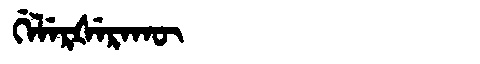
Manchu: ᡤᡝᠯᡝᡵᡧᡝᡵᠠᡴᡡ
Romanization: GELERŠERAKŪ